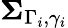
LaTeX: \boldsymbol{\Sigma}_{\Gamma_{i},\gamma_{i}}